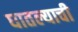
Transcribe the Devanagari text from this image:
घातल्याची